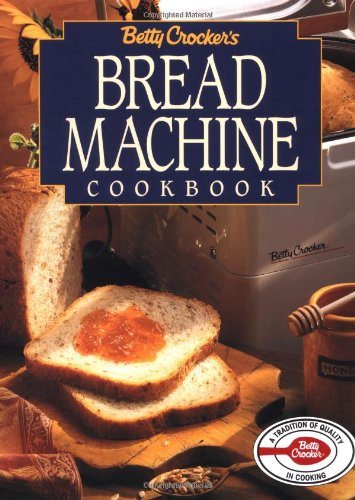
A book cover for Betty Crocker's Bread Machine Cookbook (Betty Crocker Home Library); Betty Crocker Editors; Cookbooks, Food & Wine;